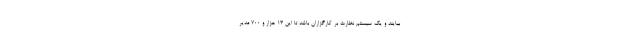
بیایند و یک سیستم نظارت بر کارگزاران باشد تا این ۱۳ هزار و ۷۰۰ مدیر